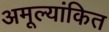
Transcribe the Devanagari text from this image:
अमूल्यांकित